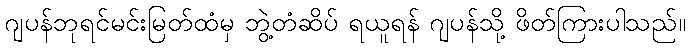
ဂျပန်ဘုရင်မင်းမြတ်ထံမှ ဘွဲ့တံဆိပ် ရယူရန် ဂျပန်သို့ ဖိတ်ကြားပါသည်။